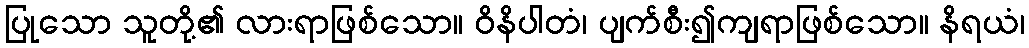
ပြုသော သူတို့၏ လားရာဖြစ်သော။ ဝိနိပါတံ၊ ပျက်စီး၍ကျရာဖြစ်သော။ နိရယံ၊